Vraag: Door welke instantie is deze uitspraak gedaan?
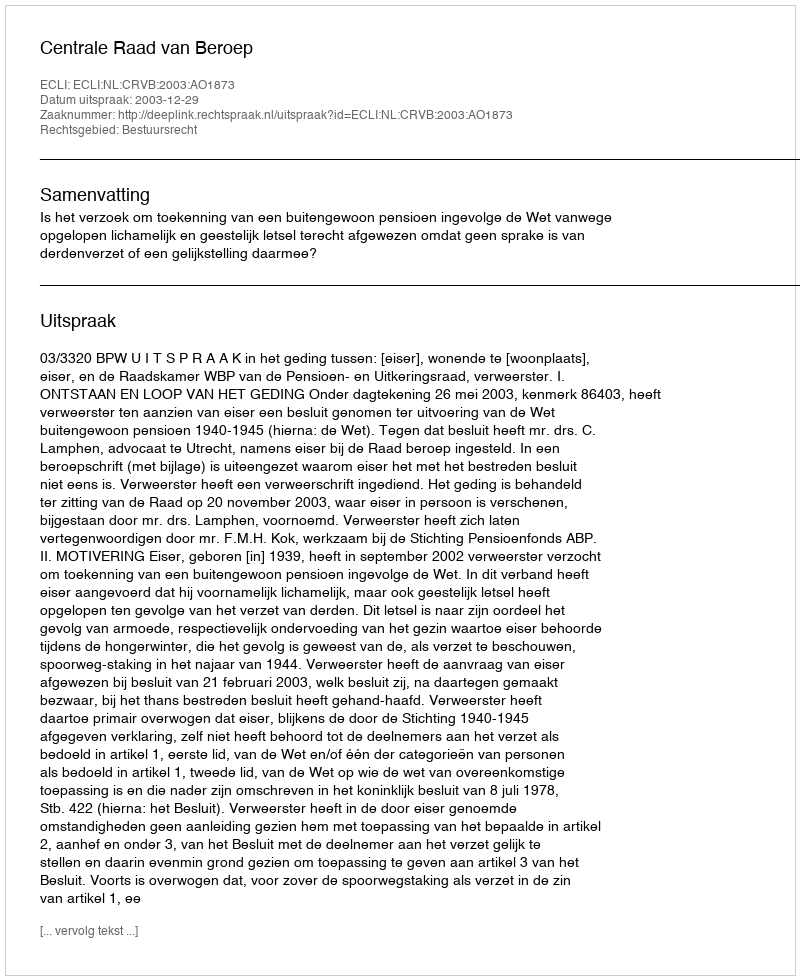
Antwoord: Centrale Raad van Beroep